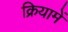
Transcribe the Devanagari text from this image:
क्रियामें